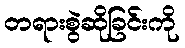
တရားစွဲဆိုခြင်းကို